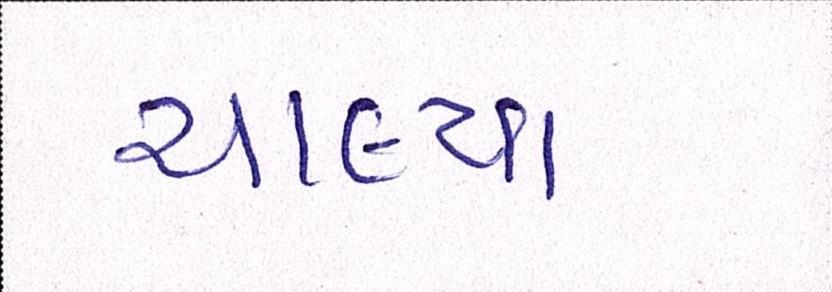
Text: ચાલ્યા